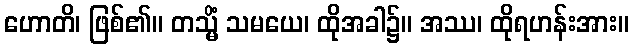
ဟောတိ၊ ဖြစ်၏။ တသ္မိံ သမယေ၊ ထိုအခါ၌။ အဿ၊ ထိုရဟန်းအား။